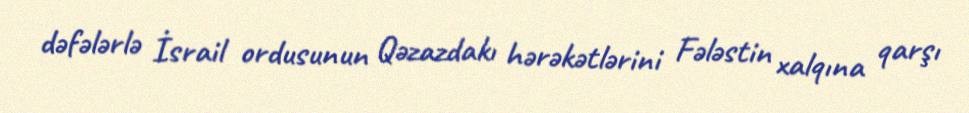
dəfələrlə İsrail ordusunun Qəzazdakı hərəkətlərini Fələstin xalqına qarşı